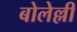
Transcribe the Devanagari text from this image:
बोलेल्ली